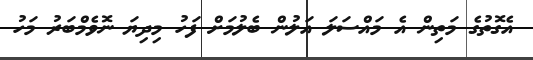
އެގޮތުގެ މަތިން އެ މައްސަލަ އަލުން ބެލުމަށް ފަހު މިދިޔަ ނޮވެމްބަރު މަހު